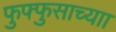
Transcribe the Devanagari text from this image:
फुफ्फुसाच्याा